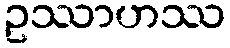
ဥဿာဟဿ